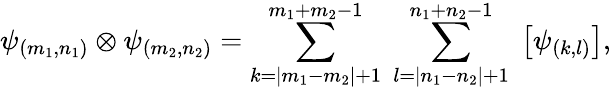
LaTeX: \psi_{(m_{1},n_{1})}\otimes\psi_{(m_{2},n_{2})}=\sum_{k=|m_{1}-m_{2}|+1}^{m_{1}+m_{2}-1}\; \sum_{l=|n_{1}-n_{2}|+1}^{n_{1}+n_{2}-1}\; \left[\psi_{(k,l)}\right],